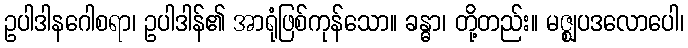
ဥပါဒါနဂေါစရာ၊ ဥပါဒါန်၏ အာရုံဖြစ်ကုန်သော။ ခန္ဓာ၊ တို့တည်း။ မဇ္ဈပဒလောပေါ၊